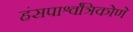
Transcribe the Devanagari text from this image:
हंसपार्श्वत्रिकोणे